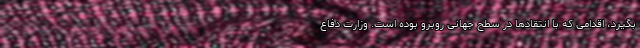
بگیرد، اقدامی که با انتقادها در سطح جهانی روبرو بوده است. وزارت دفاع